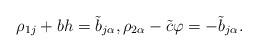
LaTeX: \begin{align*}\rho_{1j}+bh=\tilde{b}_{j\alpha}, \rho_{2\alpha}-\tilde{c}\varphi=-\tilde{b}_{j\alpha}.\end{align*}